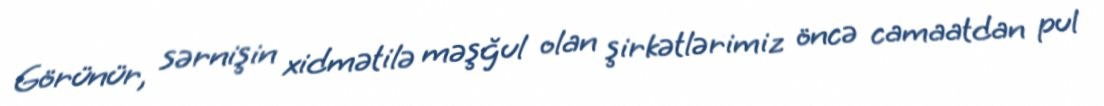
Görünür, sərnişin xidmətilə məşğul olan şirkətlərimiz öncə camaatdan pul